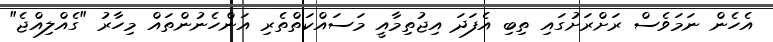
އެހެން ނަމަވެސް ރަށްރަށުގައި ތިބި އެފަދަ އިޖުތިމާއީ މަސައްކަތްތެރި އަންހެނުންތައް މިހާރު "ގެއްލިއްޖެ"